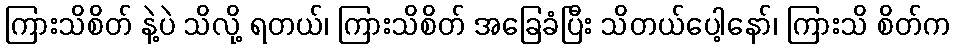
ကြားသိစိတ် နဲ့ပဲ သိလို့ ရတယ်၊ ကြားသိစိတ် အခြေခံပြီး သိတယ်ပေါ့နော်၊ ကြားသိ စိတ်က